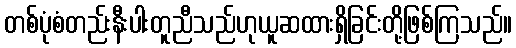
တစ်ပုံစံတည်းနီးပါးတူညီသည်ဟုယူဆထားရှိခြင်းတို့ဖြစ်ကြသည်။